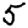
Digit: 5